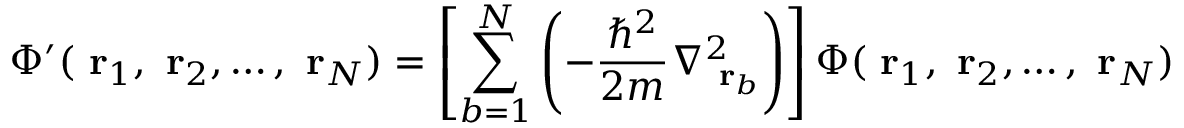
\Phi ^ { \prime } ( \mathrm { \bf ~ r } _ { 1 } , \mathrm { \bf ~ r } _ { 2 } , \dots , \mathrm { \bf ~ r } _ { N } ) = \left[ \sum _ { b = 1 } ^ { N } \left( - \frac { \hbar ^ { 2 } } { 2 m } \nabla _ { \mathrm { \bf ~ r } _ { b } } ^ { 2 } \right) \right] \Phi ( \mathrm { \bf ~ r } _ { 1 } , \mathrm { \bf ~ r } _ { 2 } , \dots , \mathrm { \bf ~ r } _ { N } )